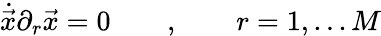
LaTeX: {\dot{\vec{x}}}\partial_{r}\vec{x}=0\qquad,\qquad r=1,...M